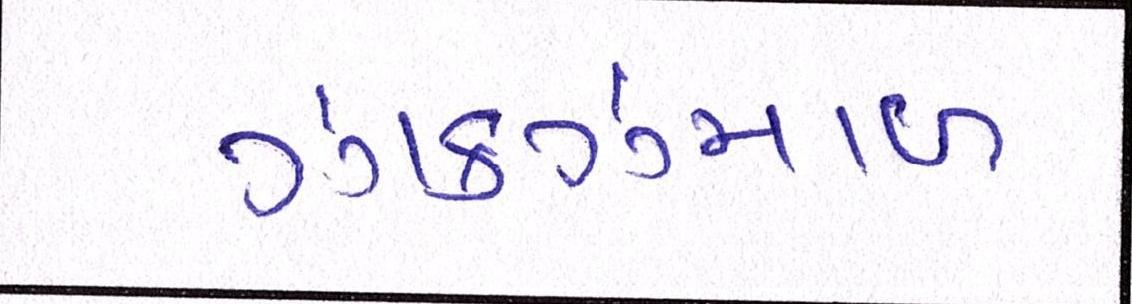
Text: ઝાકઝમાળ